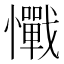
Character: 𢥇